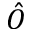
\hat { O }